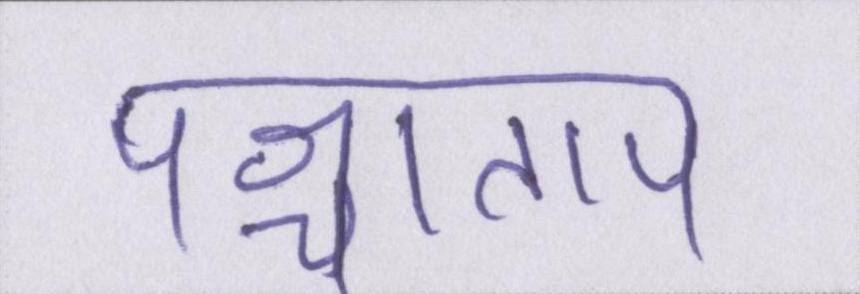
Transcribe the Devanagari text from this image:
पश्चाताप